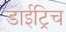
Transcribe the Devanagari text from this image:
डाईट्रिच